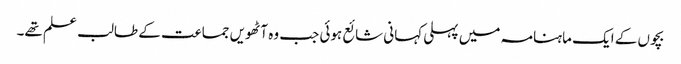
بچوں کے ایک ماہنامہ میں پہلی کہانی شائع ہوئی جب وہ آٹھویں جماعت کے طالب علم تھے۔